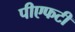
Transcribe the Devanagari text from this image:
पीएफटी